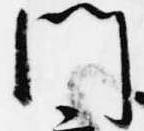
門